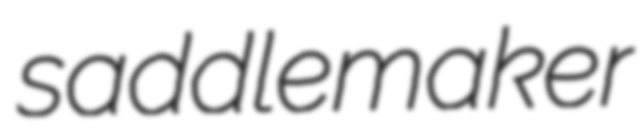
saddlemaker